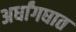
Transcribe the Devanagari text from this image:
अर्धांगघात